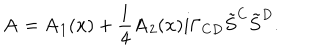
{ \bf A } = { \bf A } _ { 1 } ( { \bf x } ) + { \frac { 1 } { 4 } } { \bf A } _ { 2 } ( { \bf x } ) i \Gamma _ { C D } { \tilde { S } } ^ { C } { \tilde { S } } ^ { D } .